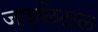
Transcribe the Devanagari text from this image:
जाइलिटाल